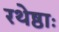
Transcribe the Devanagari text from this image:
रथेष्ठाः